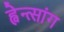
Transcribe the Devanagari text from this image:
ह्वेन्त्सांग